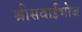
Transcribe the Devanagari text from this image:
श्रीसवाईभोज